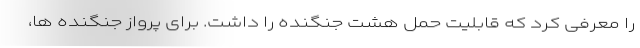
را معرفی کرد که قابلیت حمل هشت جنگنده را داشت. برای پرواز جنگنده ها،